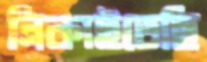
নিকাইতেছি